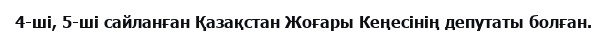
4-ші, 5-ші сайланған Қазақстан Жоғары Кеңесінің депутаты болған.